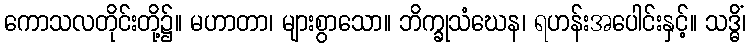
ကောသလတိုင်းတို့၌။ မဟာတာ၊ များစွာသော။ ဘိက္ခုသံဃေန၊ ရဟန်းအပေါင်းနှင့်။ သဒ္ဓိံ၊